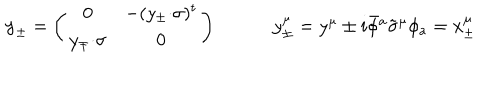
\begin{array} { c c } { { \mathrm { y } _ { \pm } = \left( \begin{array} { c c } { { 0 } } & { { - ( y _ { \pm } { \cdot \sigma } ) ^ { t } } } \\ { { y _ { \mp } { \cdot \sigma } } } & { { 0 } } \\ \end{array} \right) ~ } } & { { ~ y _ { \pm } ^ { \mu } = y ^ { \mu } \pm i \bar { \phi } { } ^ { a } \tilde { \sigma } ^ { \mu } \phi _ { a } = x _ { \pm } ^ { \mu } } } \\ \end{array}